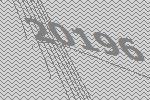
20196